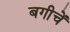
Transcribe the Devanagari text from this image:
बगीचें